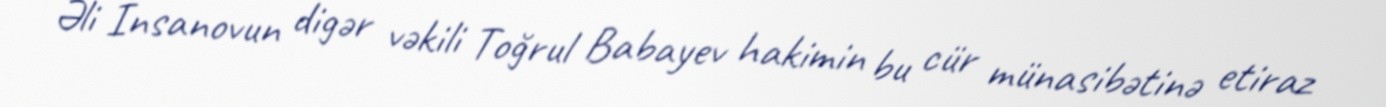
Əli İnsanovun digər vəkili Toğrul Babayev hakimin bu cür münasibətinə etiraz